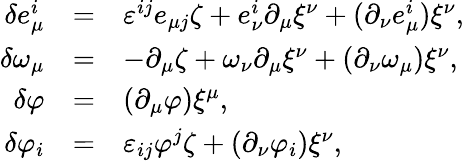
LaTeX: \begin{array}{rcl}{{\delta e_{\mu}^{i}}}&{{=}}&{{\varepsilon^{ij}e_{\mu j}\zeta+e_{\nu}^{i}\partial_{\mu}\xi^{\nu}+(\partial_{\nu}e_{\mu}^{i})\xi^{\nu},}}\\ {{\delta\omega_{\mu}}}&{{=}}&{{-\partial_{\mu}\zeta+\omega_{\nu}\partial_{\mu}\xi^{\nu}+(\partial_{\nu}\omega_{\mu})\xi^{\nu},}}\\ {{\delta\varphi}}&{{=}}&{{(\partial_{\mu}\varphi)\xi^{\mu},}}\\ {{\delta\varphi_{i}}}&{{=}}&{{\varepsilon_{ij}\varphi^{j}\zeta+(\partial_{\nu}\varphi_{i})\xi^{\nu},}}\end{array}